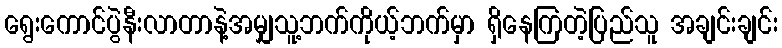
ရွေးကောင်ပွဲနီးလာတာနဲ့အမျှသူ့ဘက်ကိုယ့်ဘက်မှာ ရှိနေကြတဲ့ပြည်သူ အချင်းချင်း